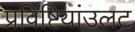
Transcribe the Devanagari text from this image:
प्रविष्टियांउलट